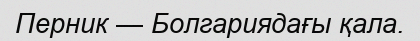
Перник — Болгариядағы қала.